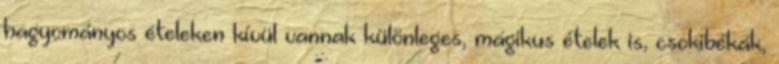
hagyományos ételeken kívül vannak különleges, mágikus ételek is, csokibékák,